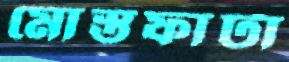
মোস্তফাটা